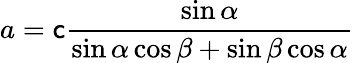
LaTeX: a=\mathsf{c}{\frac{{\sin\alpha}}{{\sin\alpha\cos\beta+\sin\beta\cos\alpha}}}